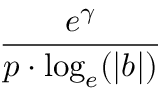
\frac { e ^ { \gamma } } { p \cdot \log _ { e } ( | b | ) }